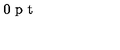
\vspace { 3 0 p t } \special { p s f i l e = 3 - 6 . p s }